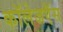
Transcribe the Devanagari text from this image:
कॉलेजऍस